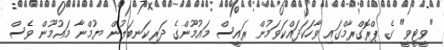
"ވީޓީވީ" ގެ ޕްރޮގްރާމްގައި ވާހަކަދައްކަވަމުން ރައީސް މައުމޫންގެ ދަރިކަނބަލުން ޔުމްނާ މައުމޫން ވެސް